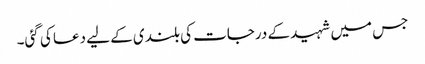
جس میں شہید کے درجات کی بلندی کے لیے دعا کی گئی۔